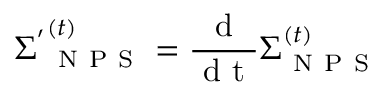
\boldsymbol { \Sigma ^ { ' } } _ { \mathrm { ~ N ~ P ~ S ~ } } ^ { ( t ) } = \frac { \mathrm { ~ d ~ } } { \mathrm { ~ d ~ t ~ } } \boldsymbol { \Sigma } _ { \mathrm { ~ N ~ P ~ S ~ } } ^ { ( t ) }